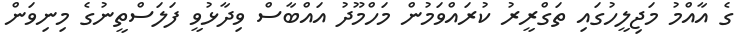
ގެ އާާއްމު މަޖިލީހުގައި ތަގްރީރު ކުރައްވަމުން މަހްމޫދު އައްބާސް ވިދާޅުވީ ފަލަސްތީނުގެ މިނިވަން